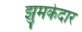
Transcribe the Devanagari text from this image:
झुमकेदार